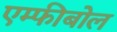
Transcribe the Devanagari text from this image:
एम्फीबोल